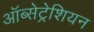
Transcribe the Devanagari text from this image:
ऑब्सेट्रेशियन